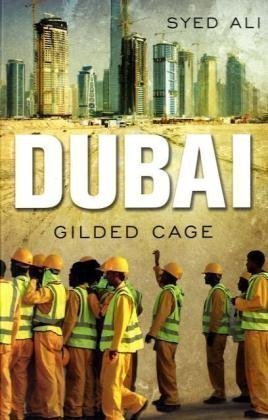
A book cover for Dubai: Gilded Cage by Ali, Syed (2010); History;